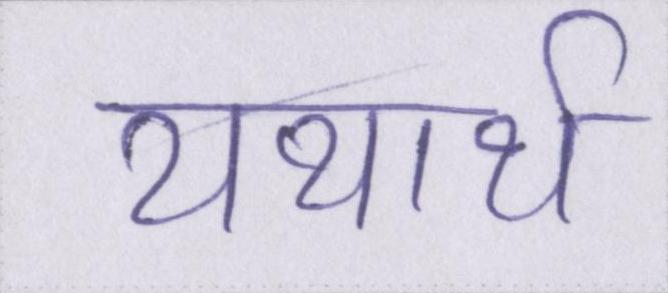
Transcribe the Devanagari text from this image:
यथार्थ